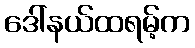
ဒေါ်နယ်ထရမ့်က